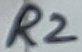
Text: R2